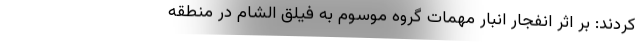
کردند: بر اثر انفجار انبار مهمات گروه موسوم به فیلق الشام در منطقه